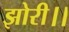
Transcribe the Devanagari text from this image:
झोरी।।